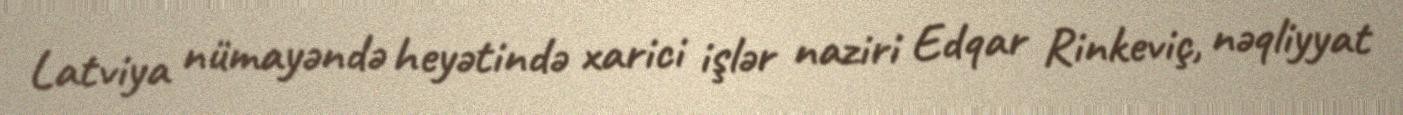
Latviya nümayəndə heyətində xarici işlər naziri Edqar Rinkeviç, nəqliyyat